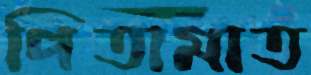
পিতামাত